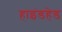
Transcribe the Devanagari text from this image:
हाइंडहेड